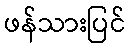
ဖန်သားပြင်